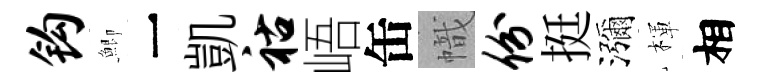
钩鯽一凱祜峿缶幟份挺瀰楎相